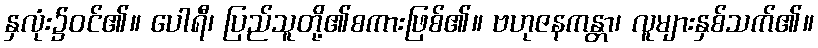
နှလုံး၌ဝင်၏။ ပေါရီ၊ ပြည်သူတို့၏စကားဖြစ်၏။ ဗဟုဇနကန္တာ၊ လူများနှစ်သက်၏။